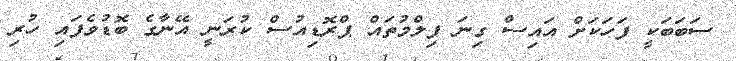
ސަބަބަކީ ފަހަކަށް އައިސް ގިނަ ފިލްމުތައް ޕްރޮޑިއުސް ކުރަނީ އޭނާގެ ބޮޑުވެފައި ހުރި